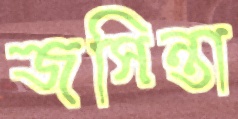
জসিন্তা